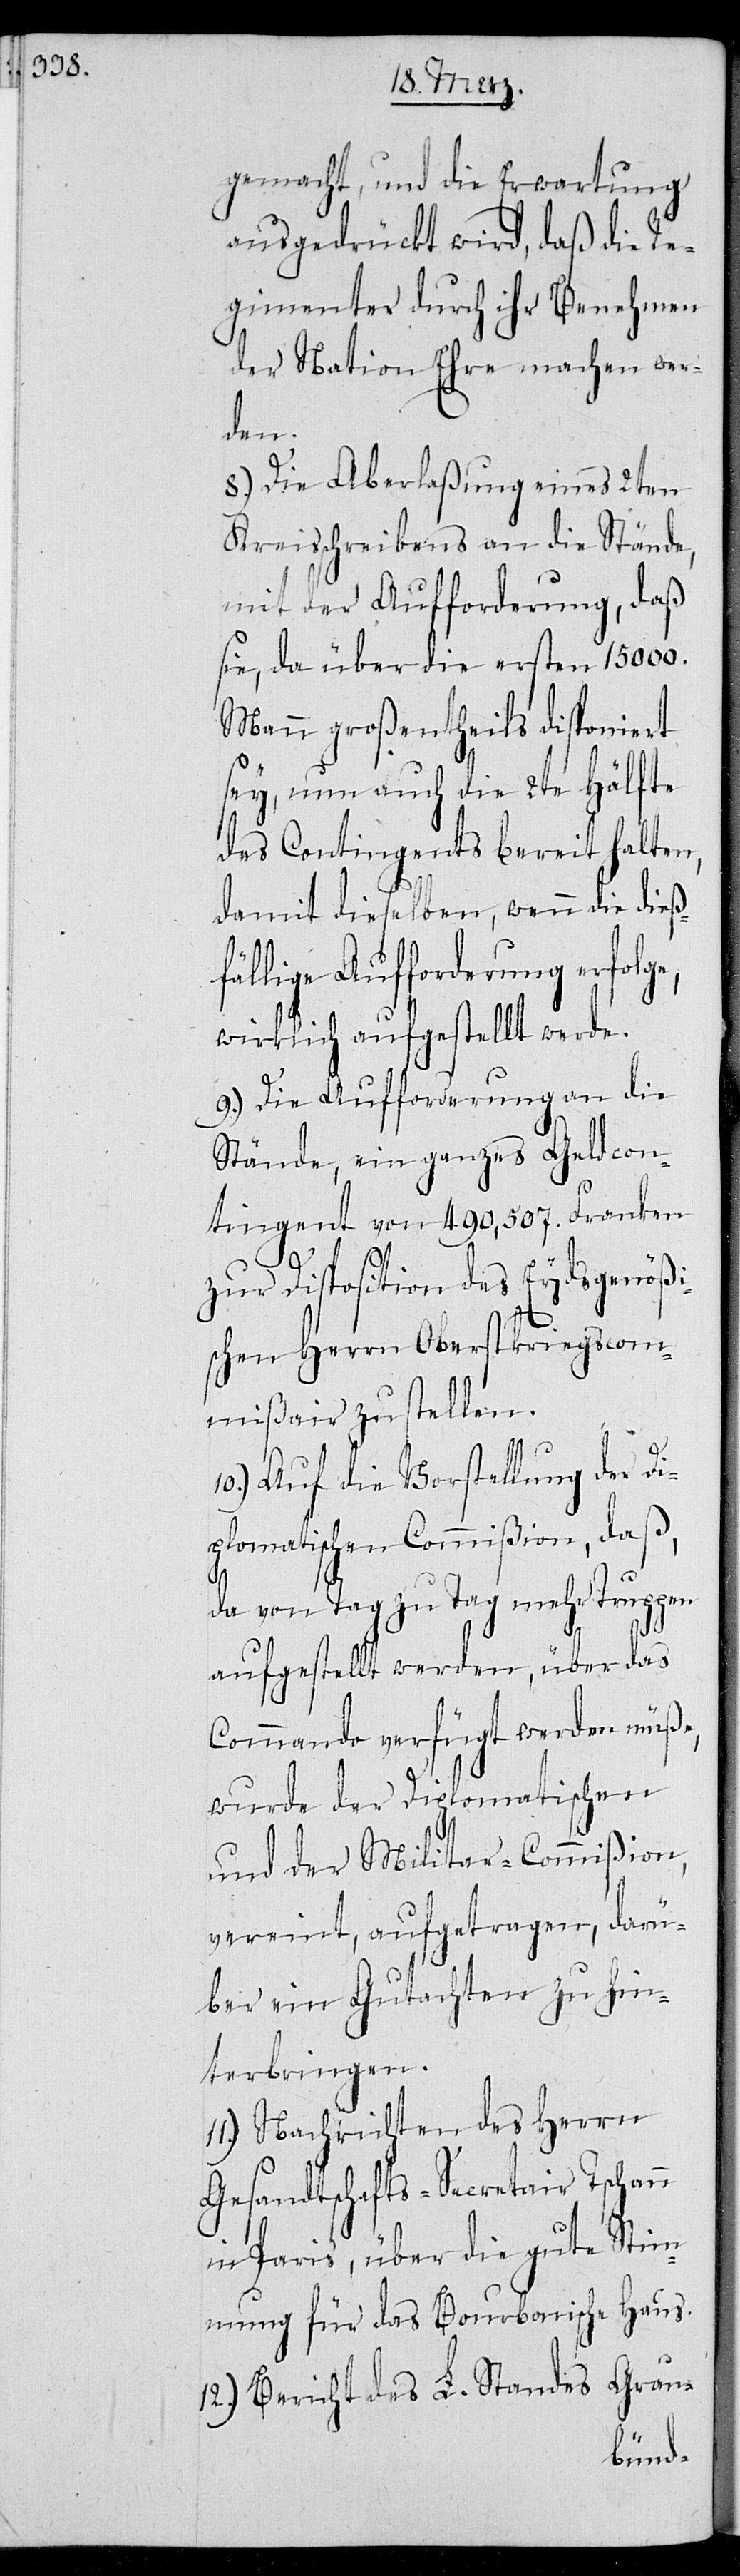
gemacht, und die Erwartung
ausgedrückt wird, daß die Re¬
gimenter durch ihr Benehmen
der Nation Ehre machen wer¬
der
8.) Die Aberlaßung eines 2ten
Kreisschreibens an die Stände,
mit der Aufforderung, daß
sie, da über die ersten 15000.
Mann großentheils disponiert
sey, nun auch die 2te Hälfte
des Contingents bereithalten,
dieß¬
damit dieselben, we¬
dsg¬
fällige Aufforderung
wirklich aufgestellt
die
9.) Die Aufforderung
con¬
Stände, ein ganzes G¬
nken
tingent von 490,507.
enößi¬
zur Disposition des Ey¬
schen Herrn Oberstkriegsco¬
mmißair zu stellen.
Di¬
10.) Auf die Vorstellung
plomatischen Commißion, daß,
da von Tag zu Tag mehr Truppen
angestellt werden, über das
Commando verfügt werden müße,
wurde der Diplomatischen
und der Militar-Commißion,
vereint, aufgetragen, darü¬
ber ein Gutachten zu hin¬
terbringen.
11.) Nachrichten des Herrn
Gesandtschafts-Secretair Tschann
in Paris, über die gute Stim¬
mung für das Bourbonische Haus.
12.) Bericht des L. Standes Grau-